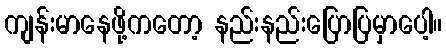
ကျန်းမာနေဖို့ကတော့ နည်းနည်းပြောပြမှာပေါ့။